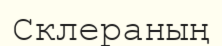
Склераның